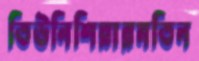
তিউনিশিয়ারমতিন